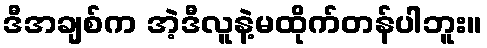
ဒီအချစ်က အဲ့ဒီလူနဲ့မထိုက်တန်ပါဘူး။